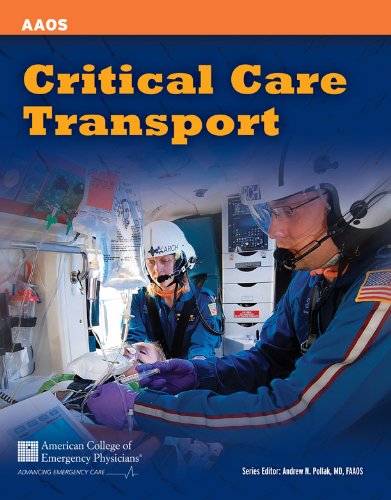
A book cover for Critical Care Transport; American Academy of Orthopaedic Surgeons (AAOS); Medical Books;